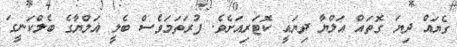
ގެޔައް ދިޔަ ގޮތައް އަލްޔާ ދިޔައީ ކޮޓަރިއަށެވެ. ފުރަތަމަވެސް ބެލީ އަލްޔާގެ ބެލްކަނީގަ